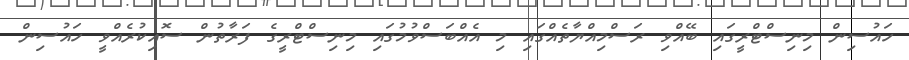
ހައުސިން މިނިސްޓްރީގައި ބޭއްވި ރަސްމިއްޔާތެއްގައި މި އެއްބަސްވުމުގައި މިނިސްޓްރީގެ ފަރާތުން ސޮއިކުރެއްވީ ހައުސިން